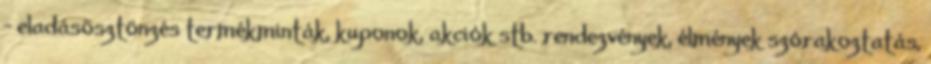
- eladásösztönzés termékminták, kuponok, akciók stb. rendezvények, élmények szórakoztatás,